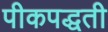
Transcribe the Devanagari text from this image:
पीकपद्धती